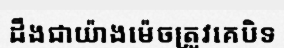
ដឹងជាយ៉ាងម៉េចត្រូវគេបិទ